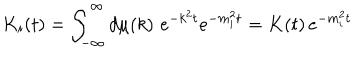
K _ { i } ( t ) = \int _ { - \infty } ^ { \infty } d \mu ( k ) \, \, e ^ { - k ^ { 2 } t } e ^ { - m _ { i } ^ { 2 } t } = K ( t ) \, e ^ { - m _ { i } ^ { 2 } t }